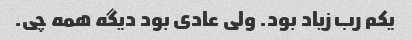
یکم رب زیاد بود. ولی عادی بود دیگه همه چی.